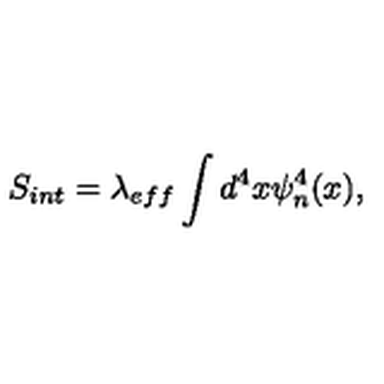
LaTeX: S _ { i n t } = \lambda _ { e f f } \int d ^ { 4 } x \psi _ { n } ^ { 4 } ( x ) ,